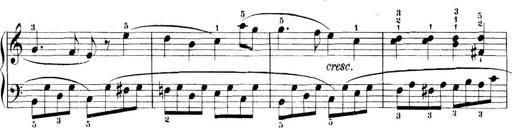
Title: 11 Sonatinas
Composer: Anton Diabelli